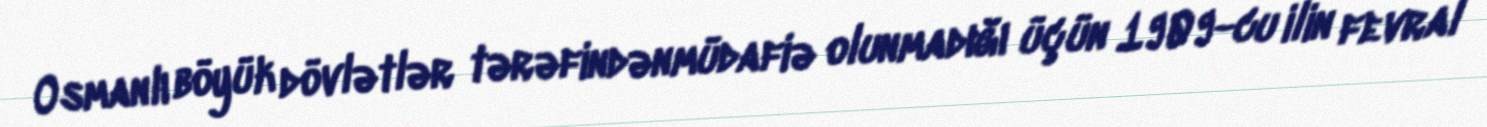
Osmanlı böyük dövlətlər tərəfindənmüdafiə olunmadığı üçün 1909-cu ilin fevral